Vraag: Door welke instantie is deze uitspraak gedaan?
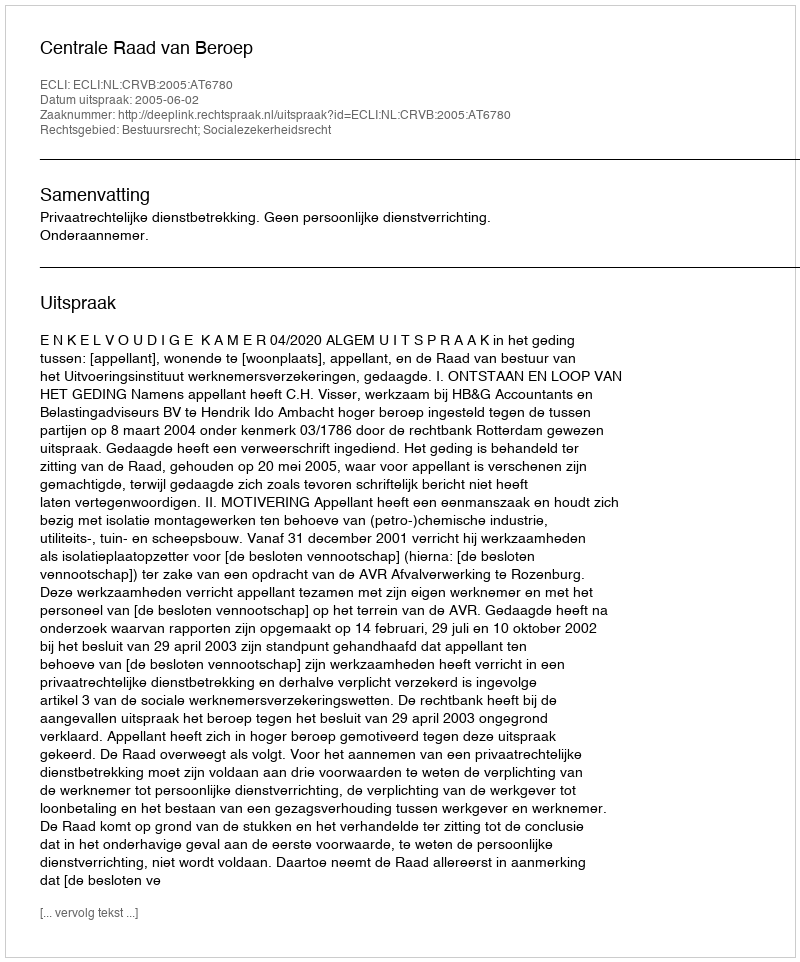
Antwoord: Centrale Raad van Beroep